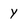
Character: Y